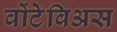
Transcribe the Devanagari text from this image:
वोंटेविअस